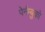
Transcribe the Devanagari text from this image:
पेर्नम्बुको